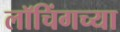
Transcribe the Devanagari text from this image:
लॉचिंगच्या